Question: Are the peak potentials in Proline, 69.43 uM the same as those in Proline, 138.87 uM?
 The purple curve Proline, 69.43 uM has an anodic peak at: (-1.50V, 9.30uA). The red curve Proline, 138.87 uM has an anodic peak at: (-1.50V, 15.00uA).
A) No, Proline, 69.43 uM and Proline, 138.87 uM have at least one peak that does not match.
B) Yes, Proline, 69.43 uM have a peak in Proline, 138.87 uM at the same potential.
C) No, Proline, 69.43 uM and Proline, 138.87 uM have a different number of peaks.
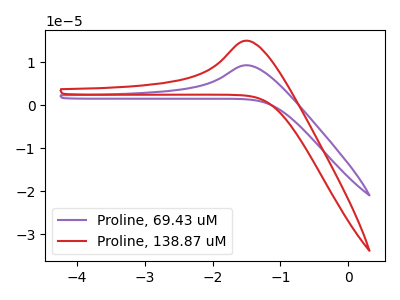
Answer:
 <answer>B) Yes, "Proline, 69.43 uM" have a peak in "Proline, 138.87 uM" at the same potential.</answer>
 <eval>B</eval>